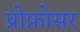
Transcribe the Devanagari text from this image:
प्रोफ़ोसर